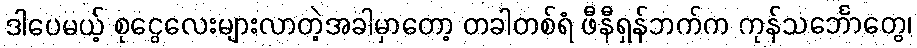
ဒါပေမယ့် စုငွေလေးများလာတဲ့အခါမှာတော့ တခါတစ်ရံ ဖီနီရှန်ဘက်က ကုန်သင်္ဘောတွေ၊